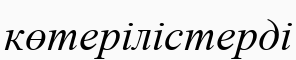
көтерілістерді